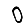
Digit: 0